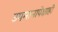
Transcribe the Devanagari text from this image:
उपमानापेक्षाही